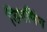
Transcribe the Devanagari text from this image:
डिगमिंग